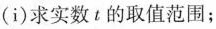
(i)求实数t的取值范围；